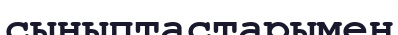
сыныптастарымен